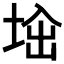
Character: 𡌜